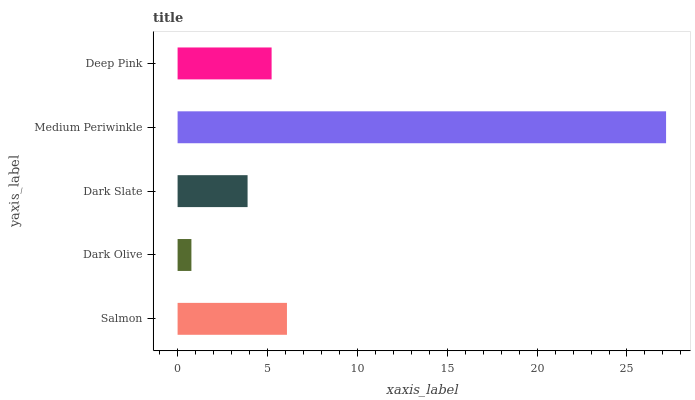
| yaxis_label | bars |
 | --- | --- |
 | Salmon | 6.08 |
 | Dark Olive | 0.769 |
 | Dark Slate | 3.89 |
 | Medium Periwinkle | 27.2 |
 | Deep Pink | 5.23 |